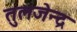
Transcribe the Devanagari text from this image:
तुलजेन्द्र